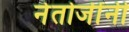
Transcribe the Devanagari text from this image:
नेतोजींनी